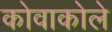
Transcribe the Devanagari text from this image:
कोवाकोले